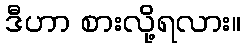
ဒီဟာ စားလို့ရလား။